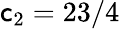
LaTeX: \mathsf{c}_{2}=23/4